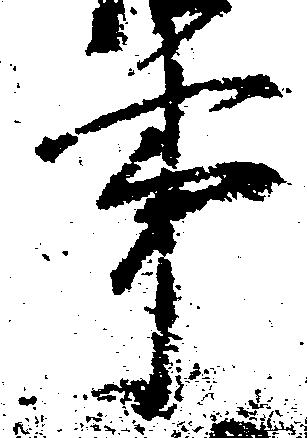
事